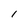
Character: I